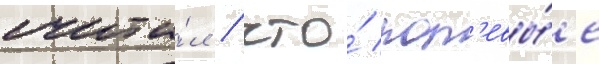
счита́л / что́ пол'евы́е